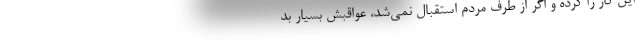
این کار را کرده و اگر از طرف مردم استقبال نمی‌شد، عواقبش بسیار بد